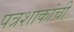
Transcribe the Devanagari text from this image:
पत्रशाकांची